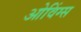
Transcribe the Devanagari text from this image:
ओविंग्स